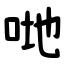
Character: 哋